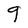
Character: g